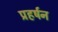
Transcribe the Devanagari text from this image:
प्रहर्षन